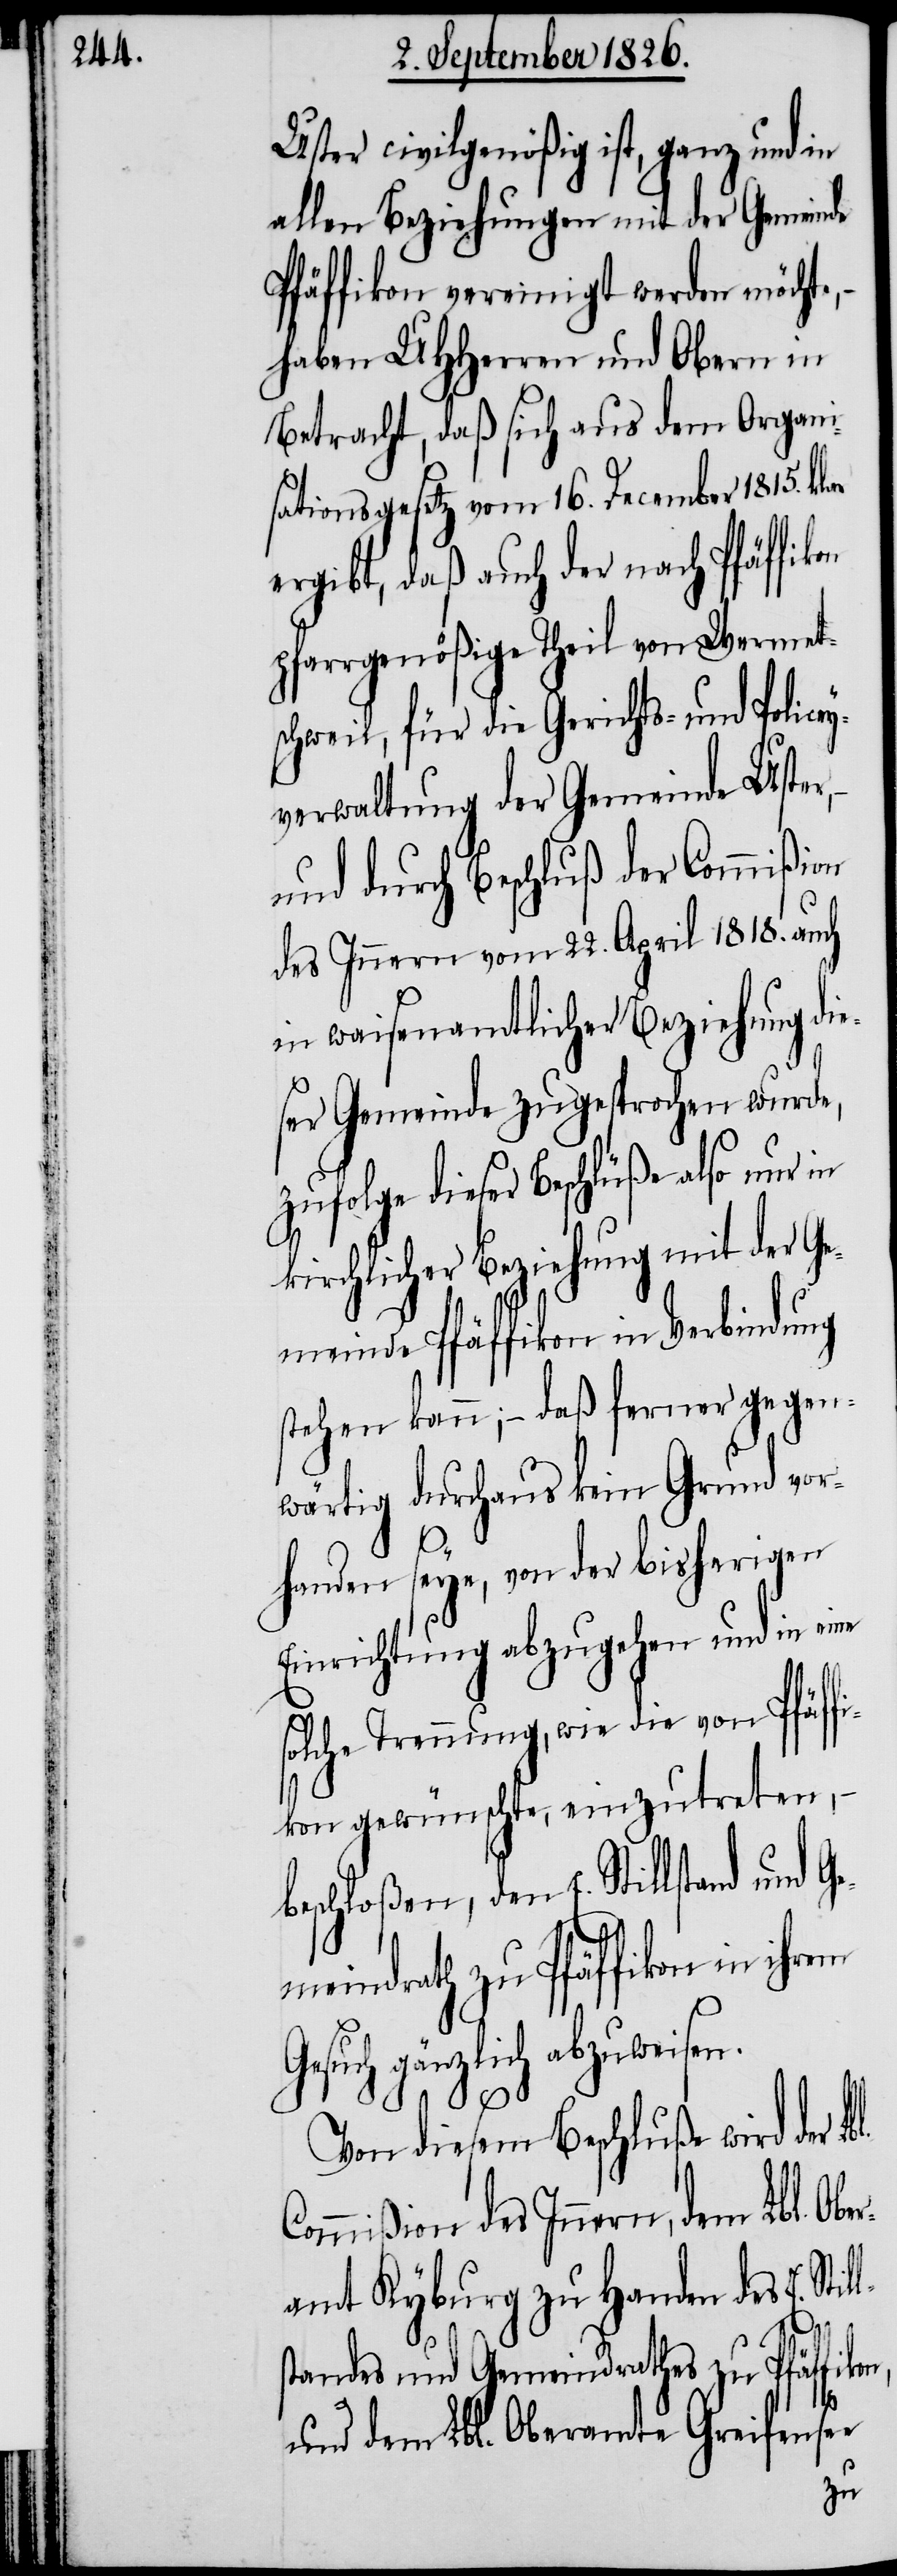
Uster civilgenößig ist, ganz und in
allen Beziehungen mit der Gemeinde
Pfäffikon vereinigt werden möchte,
haben MHHerren und Obern in
Betracht, daß sich aus dem Organi¬
sationsgesetz vom 16. December 1815. klar
ergibt, daß auch der nach Pfäffikon
pfarrgenößische Theil von Wermet¬
schweil, für die Gerichts- und Policey¬
verwaltung der Gemeinde Uster,
und durch Beschluß der Commißi¬
des Innern vom 22. April 1818. auch
in waisenamtlicher Beziehung die¬
ser Gemeinde zugesprochen wurde,
zufolge dieser Beschlüße also nur in
kirchlicher Beziehung mit der Ge¬
meinde Pfäffikon in
stehen kann; – daß ferner gegen¬
wärtig durchaus kein Grund vor¬
handen seye, von der bisherigen
Einrichtung abzugehen und in eine
solche Trennung, wie die von Pfäff¬
ikon gewünschte, einzutreten,
beschloßen, den E. Stillstand und
meindrath zu Pfäffikon in ihrem
gänzlich abzuweisen.
Von diesem Beschluße wird der
Commißion des Innern, dem Lbl. Ob¬
amt Kyburg zu Handen des E. Sti¬
n,
standes und Gemeindrathes zu Pfäffiko¬
und dem Lbl. Oberamt Greifensee